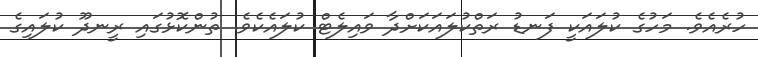
ހުރެއެވެ. މަހުގެ ކުލައަކީ ފަނޑު ރަތްކުލައަކަށްދާ ވައިލެޓް ކުލައެކެވެ. ތުންކޮޅުގައި ރީނދޫ ކުލައިގެ